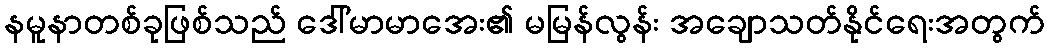
နမူနာတစ်ခုဖြစ်သည် ဒေါ်မာမာအေး၏ မမြန်လွန်း အချောသတ်နိုင်ရေးအတွက်